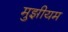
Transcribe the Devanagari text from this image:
मुझीयम